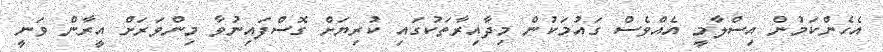
އެހެންކަމުން އިސްލާމީ އެއްވެސް ގައުމަކުން މިދާއިރާތަކުގައި ކުރިޔަށް ގޮސްފައިނުވާ މިންވަރަށް އީރާން ވަނީ